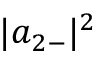
| a _ { 2 - } | ^ { 2 }